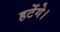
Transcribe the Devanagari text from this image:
हटेंगे।